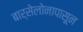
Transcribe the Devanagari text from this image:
बार्सेलोनापासून